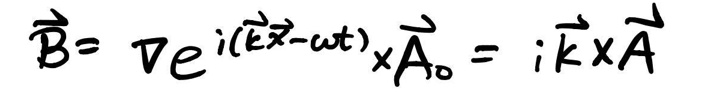
\(\hat{\vec{B}} = \sqrt{\epsilon} e^{i(\vec{k} \cdot \vec{x} - \omega t)} \hat{\vec{A}}_0 = i \vec{k} \times \hat{\vec{A}}\)